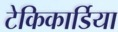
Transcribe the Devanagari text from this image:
टेकिकार्डिया